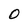
Character: O